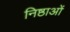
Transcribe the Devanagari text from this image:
निष्ठाओं